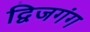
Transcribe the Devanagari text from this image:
द्विजगंग